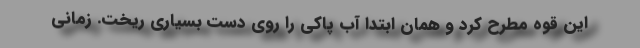
این قوه مطرح کرد و همان ابتدا آب پاکی را روی دست بسیاری ریخت. زمانی